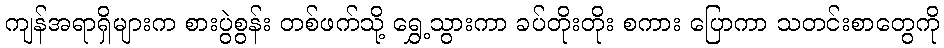
ကျန်အရာရှိများက စားပွဲစွန်း တစ်ဖက်သို့ ရွှေ့သွားကာ ခပ်တိုးတိုး စကား ပြောကာ သတင်းစာတွေကို